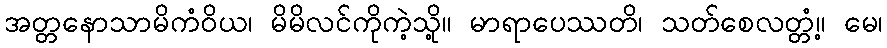
အတ္တနောသာမိကံဝိယ၊ မိမိလင်ကိုကဲ့သို့။ မာရာပေဿတိ၊ သတ်စေလတ္တံ့။ မေ၊